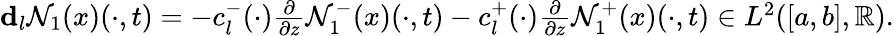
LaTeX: \begin{array}{r}{\mathbf{d}_{l}\mathcal{N}_{1}(x)(\cdot,t)=-c_{l}^{-}(\cdot)\frac{\partial}{\partial z}\mathcal{N}_{1}^{-}(x)(\cdot,t)-c_{l}^{+}(\cdot)\frac{\partial}{\partial z}\mathcal{N}_{1}^{+}(x)(\cdot,t)\in L^{2}([a,b],\mathbb{R}).}\end{array}